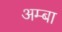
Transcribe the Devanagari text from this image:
अम्‍बा